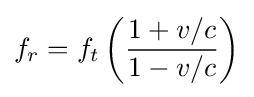
f_{r}=f_{t}\left({\frac {1+v/c}{1-v/c}}\right)